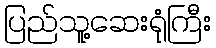
ပြည်သူ့ဆေးရုံကြီး